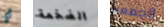
أي الضخمة الجمعه